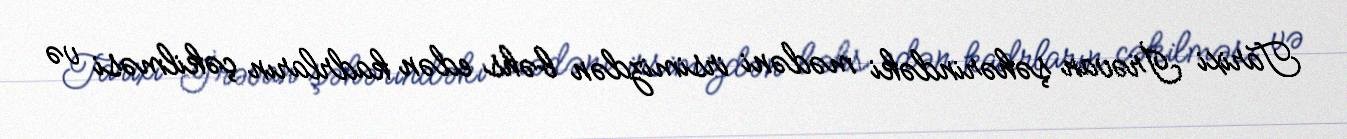
Tarixi İrəvan şəhərindəki mədəni irsimizdən bəhs edən kadrların çəkilməsi və